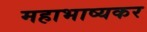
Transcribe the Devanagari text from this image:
महाभाष्यकर